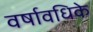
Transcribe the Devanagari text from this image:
वर्षावधिके